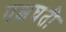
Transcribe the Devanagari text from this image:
पक्षघती